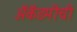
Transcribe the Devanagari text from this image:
ॲकॅडमीची